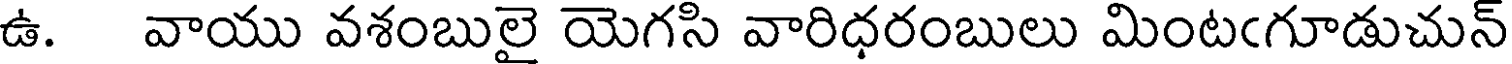
ఉ. వాయు వశంబులై యెగసి వారిధరంబులు మింటఁగూడుచున్